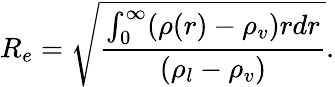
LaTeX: R_{e}=\sqrt{\frac{\int_{0}^{\infty}(\rho(r)-\rho_{v})rdr}{\left(\rho_{l}-\rho_{v}\right)}}.